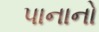
પાનાનો